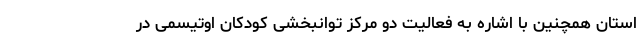
استان همچنین با اشاره به فعالیت دو مرکز توانبخشی کودکان اوتیسمی در